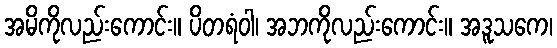
အမိကိုလည်းကောင်း။ ပိတရံဝါ၊ အဘကိုလည်းကောင်း။ အဒူသကေ၊